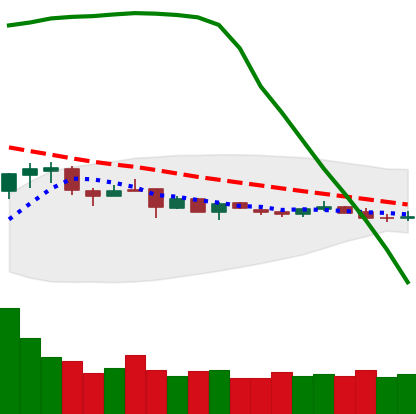
Ticker: DOGE-USD
Chart end date: 2019-01-06
Forward return: -8.548%
Label: down_7plus